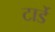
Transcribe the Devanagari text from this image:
टार्डे